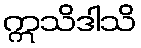
ဣသိဒါသိ